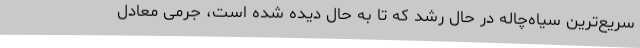
سریع‌ترین سیاه‌چاله‌ در حال رشد که تا به حال دیده شده است، جرمی معادل